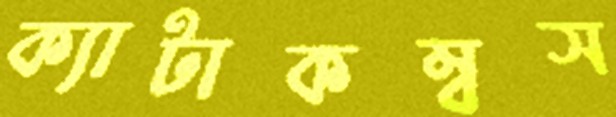
ক্যাটাকম্বস